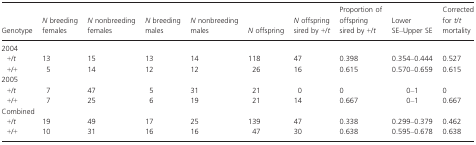
| Genotype | N breeding females | N nonbreeding females | N breeding males | N nonbreeding males | N offspring | N offspring sired by +/t | Proportion of offspring sired by +/t | Lower SE–Upper SE | Corrected for t/t mortality |
 | --- | --- | --- | --- | --- | --- | --- | --- | --- | --- |
 | <COLSPAN=10> 2004 |
 | +/t | 13 | 15 | 13 | 14 | 118 | 47 | 0.398 | 0.354–0.444 | 0.527 |
 | +/+ | 5 | 14 | 12 | 12 | 26 | 16 | 0.615 | 0.570–0.659 | 0.615 |
 | <COLSPAN=10> 2005 |
 | +/t | 7 | 47 | 5 | 31 | 21 | 0 | 0 | 0–1 | 0 |
 | +/+ | 7 | 25 | 6 | 19 | 21 | 14 | 0.667 | 0–1 | 0.667 |
 | <COLSPAN=10> Combined |
 | +/t | 19 | 49 | 17 | 25 | 139 | 47 | 0.338 | 0.299–0.379 | 0.462 |
 | +/+ | 10 | 31 | 16 | 16 | 47 | 30 | 0.638 | 0.595–0.678 | 0.638 |